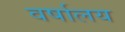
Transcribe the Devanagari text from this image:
वर्षालय